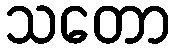
သတော